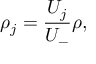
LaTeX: \rho _ { j } = \frac { U _ { j } } { U _ { - } } \rho ,